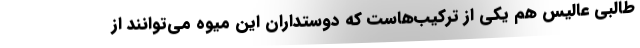
طالبی عالیس هم یکی از ترکیب‌هاست که دوستداران این میوه می‌توانند از